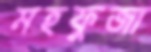
মহফুজা